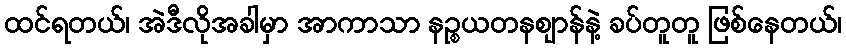
ထင်ရတယ်၊ အဲဒီလိုအခါမှာ အာကာသာ နဉ္စယတနဈာန်နဲ့ ခပ်တူတူ ဖြစ်နေတယ်၊